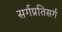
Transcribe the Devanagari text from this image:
सर्गप्रतिसर्ग